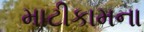
માટીકામના